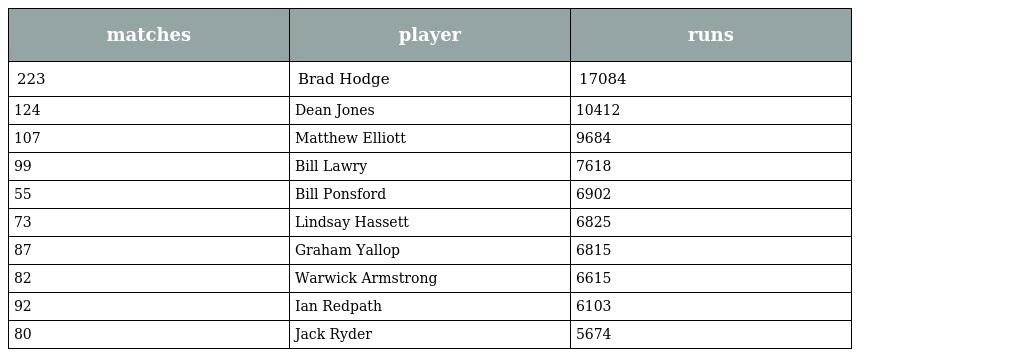
| matches | player | runs |
 | --- | --- | --- |
 | 223 | Brad Hodge | 17084 |
 | 124 | Dean Jones | 10412 |
 | 107 | Matthew Elliott | 9684 |
 | 99 | Bill Lawry | 7618 |
 | 55 | Bill Ponsford | 6902 |
 | 73 | Lindsay Hassett | 6825 |
 | 87 | Graham Yallop | 6815 |
 | 82 | Warwick Armstrong | 6615 |
 | 92 | Ian Redpath | 6103 |
 | 80 | Jack Ryder | 5674 |